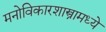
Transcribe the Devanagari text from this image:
मनोविकारशास्त्रामध्ये